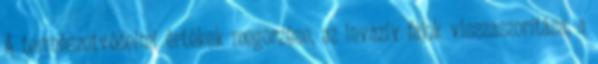
A természetvédelmi értékek megõrzése, az invazív fajok visszaszorítása, a